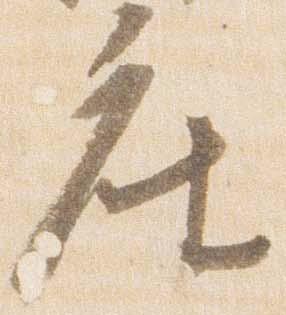
座